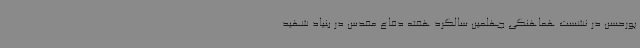
پورحسن در نشست هماهنگی چهلمین سالگرد هفته دفاع مقدس در بنیاد شهید